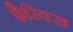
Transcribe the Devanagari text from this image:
फैरिंक्स